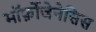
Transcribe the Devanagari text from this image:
मॉर्फ़ोजेनेसिस